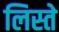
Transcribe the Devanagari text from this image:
लिस्ते